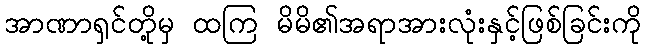
အာဏာရှင်တို့မှ ထကြ မိမိ၏အရာအားလုံးနှင့်ဖြစ်ခြင်းကို